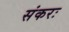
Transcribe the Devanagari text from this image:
संकरः